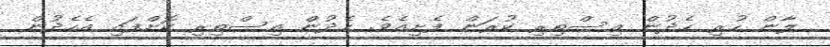
ލާން ހުރި ހެދުން އިސްތިރި ކުރަން ފެށިއެވެ. ހެދުން އިސްތިރި ކޮށްފައި އެހެދުން